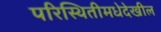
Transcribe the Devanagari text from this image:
परिस्थितीमधेदेखील